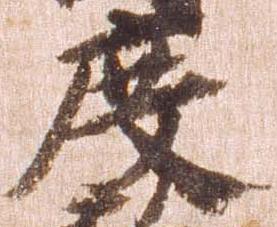
度